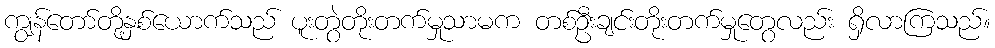
ကျွန်တော်တို့နှစ်ယောက်သည် ပူးတွဲတိုးတက်မှုသာမက တစ်ဦးချင်းတိုးတက်မှုတွေလည်း ရှိလာကြသည်။